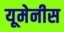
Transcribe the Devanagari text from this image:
यूमेनीस